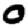
Digit: 0